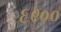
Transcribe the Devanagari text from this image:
६९००